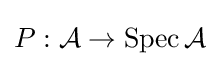
P:{\cal {A}}\to \operatorname {Spec} {\cal {A}}